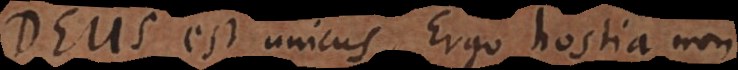
Deus est unicus. Ergo hostia non